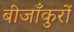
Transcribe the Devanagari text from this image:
बीजाँकुरों